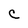
Character: c